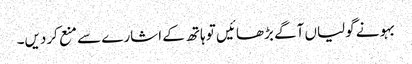
بہو نے گولیاں آگے بڑھائیں تو ہاتھ کے اشارے سے منع کردیں۔